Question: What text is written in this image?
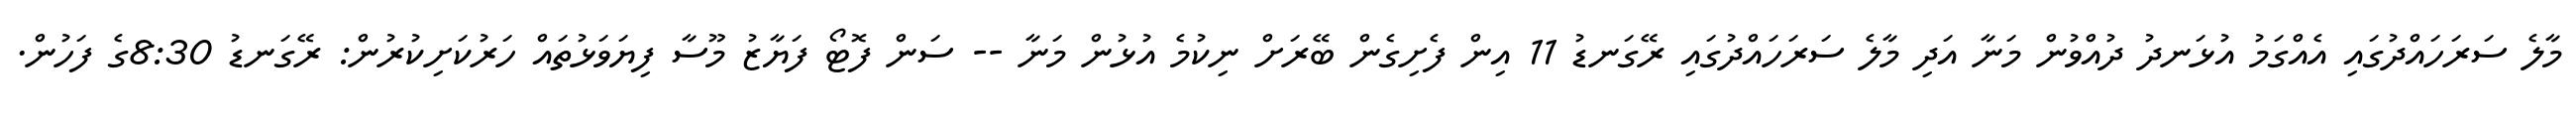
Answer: މާލެ ސަރަހައްދުގައި އެއްގަމު އުޅަނދު ދުއްވުން މަނާ އަދި މާލެ ސަރަހައްދުގައި ރޭގަނޑު 11 އިން ފެށިގެން ބޭރަށް ނިކުމެ އުޅުން މަނާ -- ސަން ފޮޓޯ ފަޔާޒު މޫސާ ފިޔަވަޅުތައް ހަރުކަށިކުރުން: ރޭގަނޑު 8:30ގެ ފަހުން.